Lunatic asylums in Bengal annual reports 1888-1898 - 1888-1898
Year: 1888
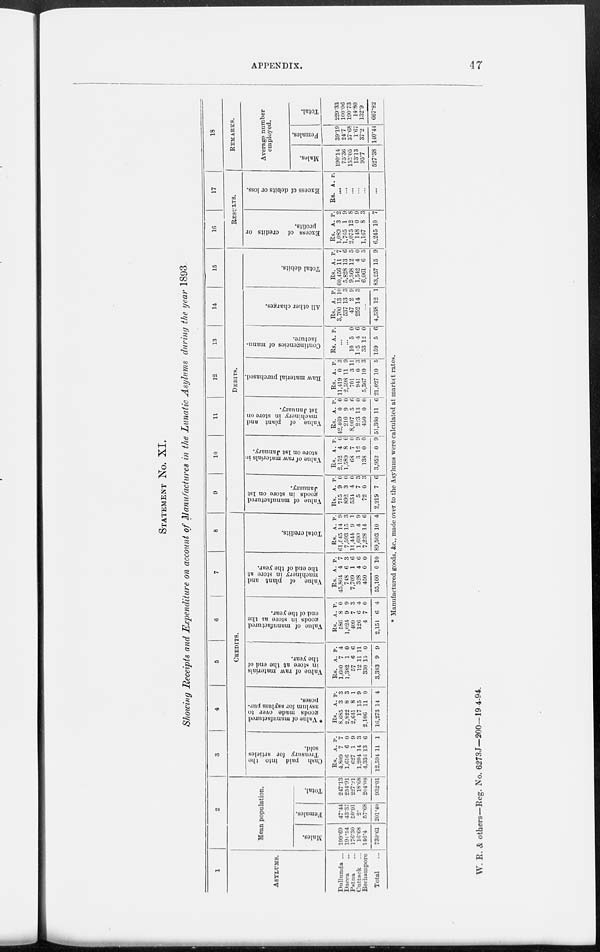
APPENDIX.
47
STATEMENT No. XI.
Showing Receipts and Expenditure on account of Manufactures in the Lunatic Asylums during the year 1893.
1
ASYLUMS.
Dullunda ...
Dacca ...
Patna ...
Cuttack ...
Berhampore
Total ...
2
Mean population.
Males.
199.09
19l.54
176.30
16.68
146.4
730.6l
Females.
47.44
4337
50.91
2
57.68
201.40
Total.
247.13
234.91
227.21
18.68
204.08
932.01
3
4
5
6
7
8
CREDITS.
Cash paid into the
Treasury for articles
sold.
Rs.
4,809
1,616
627
1.204
4,336
12,594
A.
7
6
1
14
13
11
P.
7
0
9
3
6
1
* Value of manufactured
goods made over to
asylum for asylum pur-
poses.
Rs.
8,685
2,822
2,641
17
2,106
16,273
A.
3
8
8
15
11
14
P.
3
3
1
9
0
4
Value of raw materials
in store at the end of
the year.
Rs.
1,600
1,382
57
12
330
3,383
A.
7
1
6
11
15
9
P.
4
0
6
11
0
9
Value of manufactured
goods in store at the
end of the year.
Rs.
586
1,024
409
126
4
2,151
A.
8
9
7
6
7
6
P.
0
9
3
4
0
4
Value of plant and
machinery in store at
the end of the year.
Rs.
45,864
748
7,709
328
450
55,100
A.
4
6
1
4
0
0
P.
7
3
6
6
0
10
Total credits.
Rs.
61,545
7,593
11,444
l,690
7,228
89.503
A.
14
15
9
4
14
10
P.
9
3
1
9
6
4
9
10
11
12
13
14
15
DEBITS.
Value of manufactured
goods in store on 1st
January.
Rs.
715
892
534
5
72
2,219
A.
9
3
4
7
0
7
P.
0
0
0
3
3
6
Value of raw materials in
store on 1st January.
Rs.
2,152
1,589
68
3
138
3,952
A.
4
8
7
12
0
0
P.
6
6
6
9
0
9
Value of plant and
machinery in store on
1st January.
Rs.
42,469
210
8,007
223
450
51,360
A.
0
9
5
13
0
11
P.
0
0
6
0
0
6
Raw material purchased.
Rs.
11,419
2,598
701
941
5,307
21,027
A.
0
11
3
0
10
10
P.
3
9
11
3
3
5
Contingencies of manu-
facture.
Rs. A. P.
...
...
10
115
33
159
5
4
12
5
0
6
0
6
All other charges.
Rs.
3,700
537
47
252
A.
13
13
2
14
P.
10
3
9
3
...
4,538 12 1
Total debits.
Rs.
60,456
5,828
9.368
1,542
6,061
83,257
A.
11
13
12
4
6
15
P.
7
6
5
0
3
9
16
17
RESULTS.
Exc e s s of c r e d i t s or
profits.
Rs.
1,089
1,705
2,075
148
1,167
6,245
A.
3
1
12
0
8
10
P.
2
9
8
9
3
7
Excess of debits or loss.
Rs. A P.
...
...
...
...
...
...
18
REMARKS.
Average number
employed.
Males.
190.14
75.36
153.05
13.13
95.7
527.38
Females.
39.19
24.7
37.68
1.67
37.2
140.44
Total.
229.33
100.06
190.73
14.80
132.9
667.82
* Manufactured goods, &c., made over to the Asylums were calculated at market rates.
W. R. & others—Reg. No. 6273J—200—19-4-94.